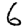
Digit: 6